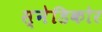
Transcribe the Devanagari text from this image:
स्नेडिकोर